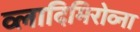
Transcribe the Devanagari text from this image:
व्लादिमिरोव्ना